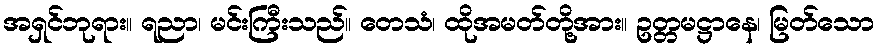
အရှင်ဘုရား။ ရညာ၊ မင်းကြီးသည်။ တေသံ၊ ထိုအမတ်တို့အား။ ဥတ္တမဋ္ဌာနေ၊ မြတ်သော